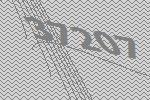
37207